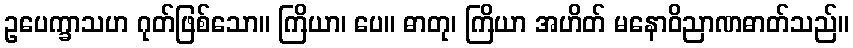
ဥပေက္ခာသဟ ဂုတ်ဖြစ်သော။ ကြိယာ၊ ပေ။ ဓာတု၊ ကြိယာ အဟိတ် မနောဝိညာဏဓာတ်သည်။